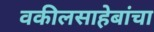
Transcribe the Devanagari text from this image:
वकीलसाहेबांचा